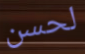
لحسن